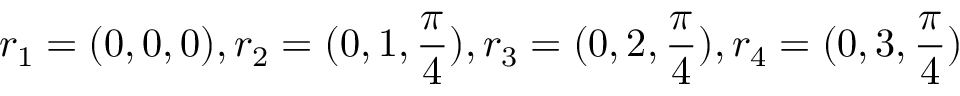
r _ { 1 } = ( 0 , 0 , 0 ) , r _ { 2 } = ( 0 , 1 , \frac { \pi } { 4 } ) , r _ { 3 } = ( 0 , 2 , \frac { \pi } { 4 } ) , r _ { 4 } = ( 0 , 3 , \frac { \pi } { 4 } )